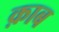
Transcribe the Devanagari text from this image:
क़ाब